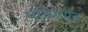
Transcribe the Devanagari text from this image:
यांचेपर्यंत